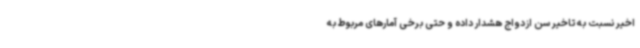
اخیر نسبت به تاخیر سن ازدواج هشدار داده و حتی برخی آمارهای مربوط به